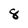
Character: 8